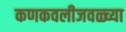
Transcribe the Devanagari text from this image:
कणकवलीजवळ्च्या